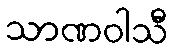
သာဏဝါသီ